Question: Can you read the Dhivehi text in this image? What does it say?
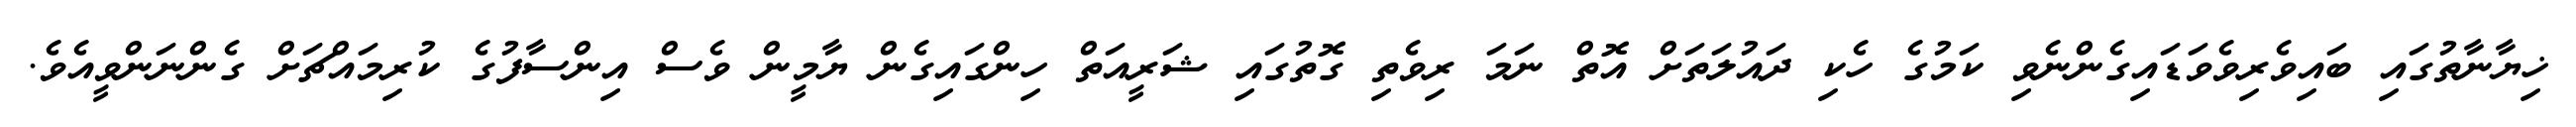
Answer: ޚިޔާނާތުގައި ބައިވެރިވެވަޑައިގެންނެވި ކަމުގެ ހެކި ދައުލަތަށް އޮތް ނަމަ ރިވެތި ގޮތުގައި ޝަރީއަތް ހިންގައިގެން ޔާމީން ވެސް އިންސާފުގެ ކުރިމައްޗަށް ގެންނަންވީއެވެ.